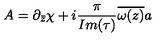
A = \partial _ { \bar { z } } \chi + i { \frac { \pi } { I m ( \tau ) } } \overline { { \omega ( z ) } } a